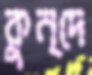
কুন্দে